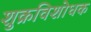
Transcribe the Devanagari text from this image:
शुक्रविशोधक